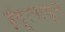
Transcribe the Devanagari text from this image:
इंदूरपासून